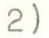
2)